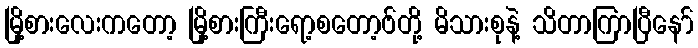
မြို့စားလေးကတော့ မြို့စားကြီးရော့စတော့ဗ်တို့ မိသားစုနဲ့ သိတာကြာပြီနော်